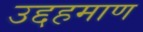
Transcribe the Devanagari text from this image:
उद्दहमाण